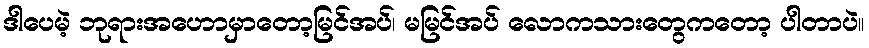
ဒါပေမဲ့ ဘုရားအဟောမှာတော့မြင်အပ်၊ မမြင်အပ် လောကသားတွေကတော့ ပါတာပဲ။